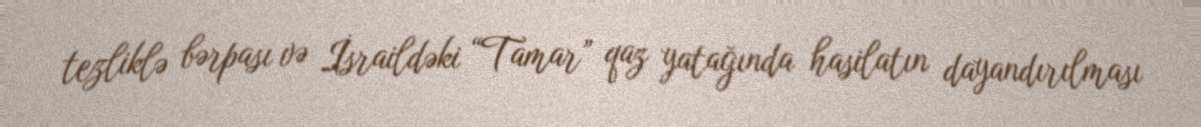
tezliklə bərpası və İsraildəki “Tamar” qaz yatağında hasilatın dayandırılması